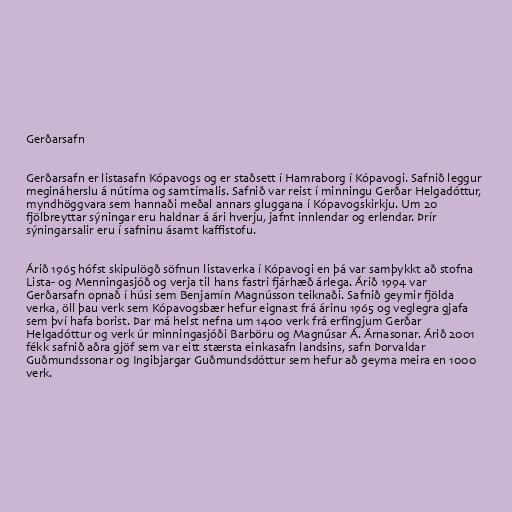
Gerðarsafn

Gerðarsafn er listasafn Kópavogs og er staðsett í Hamraborg í Kópavogi. Safnið leggur
megináherslu á nútíma og samtímalis. Safnið var reist í minningu Gerðar Helgadóttur,
myndhöggvara sem hannaði meðal annars gluggana í Kópavogskirkju. Um 20
fjölbreyttar sýningar eru haldnar á ári hverju, jafnt innlendar og erlendar. Þrír
sýningarsalir eru í safninu ásamt kaffistofu.

Árið 1965 hófst skipulögð söfnun listaverka í Kópavogi en þá var samþykkt að stofna
Lista- og Menningasjóð og verja til hans fastri fjárhæð árlega. Árið 1994 var
Gerðarsafn opnað í húsi sem Benjamín Magnússon teiknaði. Safnið geymir fjölda
verka, öll þau verk sem Kópavogsbær hefur eignast frá árinu 1965 og veglegra gjafa
sem því hafa borist. Þar má helst nefna um 1400 verk frá erfingjum Gerðar
Helgadóttur og verk úr minningasjóði Barböru og Magnúsar Á. Árnasonar. Árið 2001
fékk safnið aðra gjöf sem var eitt stærsta einkasafn landsins, safn Þorvaldar
Guðmundssonar og Ingibjargar Guðmundsdóttur sem hefur að geyma meira en 1000
verk.